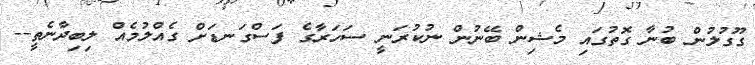
ގޫގުލުން ބުނާ ގޮތުގައި މެޝިން ބޭނުން ނުކުރަނީ ސަހަރާގެ ފަސްގަނޑަށް ގެއްލުމެއް ލިބިދާނެތީ--